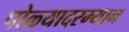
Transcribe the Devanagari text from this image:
पोळ्यादरम्यान